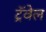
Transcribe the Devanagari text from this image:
ट्रॅवेल